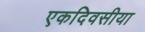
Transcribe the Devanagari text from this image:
एकदिवसीया